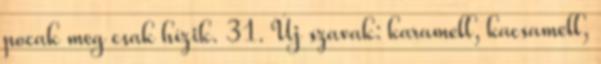
pocak meg csak hízik. 31. Új szavak: karamell, kacsamell,